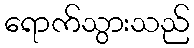
ရောက်သွားသည်